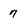
Character: 7